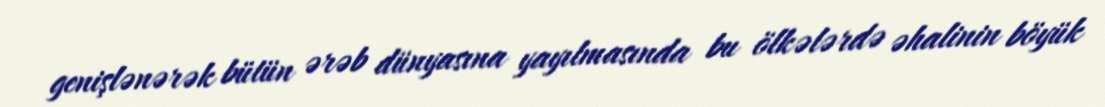
genişlənərək bütün ərəb dünyasına yayılmasında bu ölkələrdə əhalinin böyük